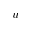
u